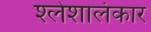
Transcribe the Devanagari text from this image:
श्लेशालंकार